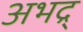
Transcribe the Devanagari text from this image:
अभद्र्